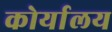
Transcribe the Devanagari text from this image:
कोर्यालय